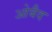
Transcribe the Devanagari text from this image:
ओबैद